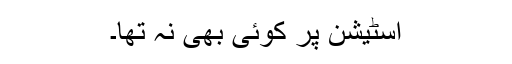
اسٹیشن پر کوئی بھی نہ تھا۔